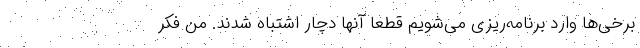
برخی‌ها وارد برنامه‌ریزی می‌شویم قطعاً آنها دچار اشتباه شدند. من فکر